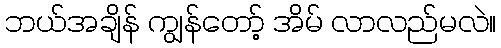
ဘယ်အချိန် ကျွန်တော့် အိမ် လာလည်မလဲ။